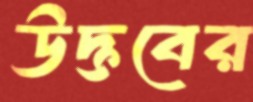
উদ্ভবের